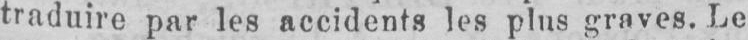
traduire par les accidents les plus graves. Le